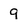
Character: 9